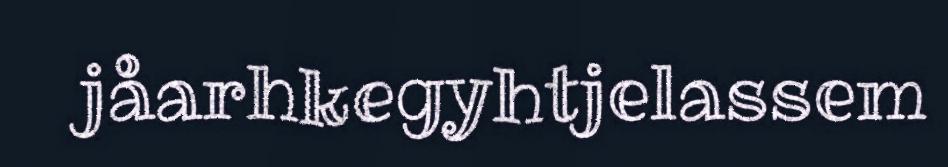
jåarhkegyhtjelassem